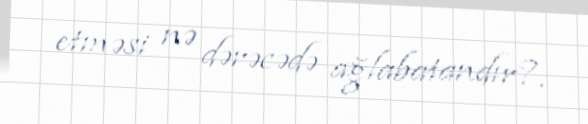
etməsi nə dərəcədə ağlabatandır?.